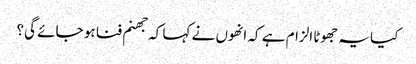
کیا یہ جھوٹا الزام ہے کہ انھوں نے کہا کہ جھنم فنا ہو جائے گی؟